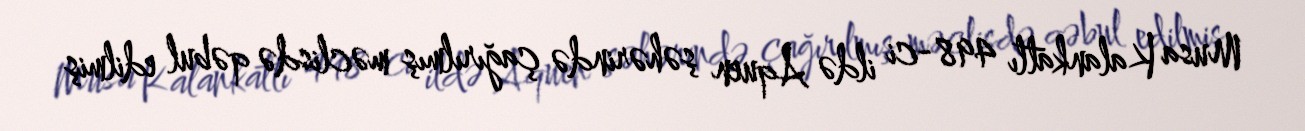
Musa Kalankatlı 498-ci ildə Aquen şəhərində çağırılmış məclisdə qəbul edilmiş